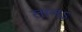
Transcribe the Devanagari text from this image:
तानऽ